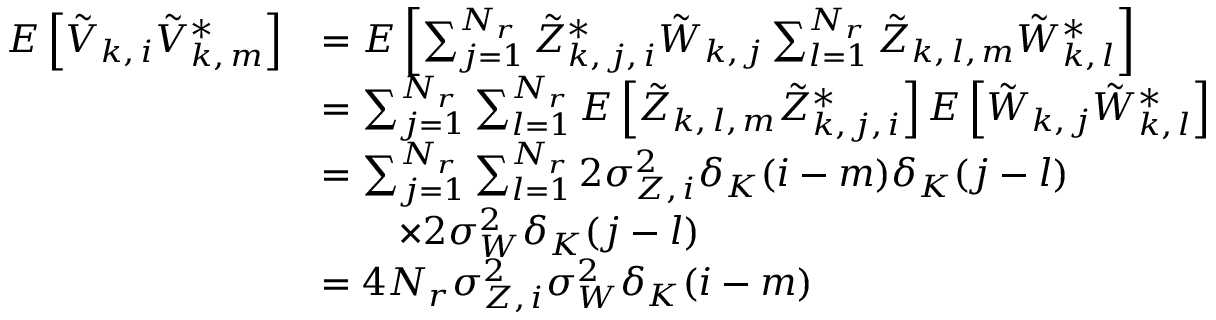
\begin{array} { r l } { E \left[ \tilde { V } _ { k , \, i } \tilde { V } _ { k , \, m } ^ { * } \right] } & { = E \left[ \sum _ { j = 1 } ^ { N _ { r } } \tilde { Z } _ { k , \, j , \, i } ^ { * } \tilde { W } _ { k , \, j } \sum _ { l = 1 } ^ { N _ { r } } \tilde { Z } _ { k , \, l , \, m } \tilde { W } _ { k , \, l } ^ { * } \right] } \\ & { = \sum _ { j = 1 } ^ { N _ { r } } \sum _ { l = 1 } ^ { N _ { r } } E \left[ \tilde { Z } _ { k , \, l , \, m } \tilde { Z } _ { k , \, j , \, i } ^ { * } \right] E \left[ \tilde { W } _ { k , \, j } \tilde { W } _ { k , \, l } ^ { * } \right] } \\ & { = \sum _ { j = 1 } ^ { N _ { r } } \sum _ { l = 1 } ^ { N _ { r } } 2 \sigma _ { Z , \, i } ^ { 2 } \delta _ { K } ( i - m ) \delta _ { K } ( j - l ) } \\ & { \qquad \times 2 \sigma _ { W } ^ { 2 } \delta _ { K } ( j - l ) } \\ & { = 4 N _ { r } \sigma _ { Z , \, i } ^ { 2 } \sigma _ { W } ^ { 2 } \delta _ { K } ( i - m ) } \end{array}